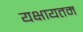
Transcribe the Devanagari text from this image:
यक्षायतम